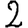
Digit: 2